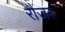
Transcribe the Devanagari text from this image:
रौजर